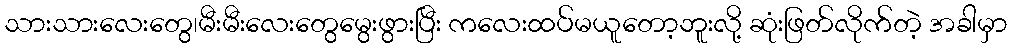
သားသားလေးတွေ၊မီးမီးလေးတွေမွေးဖွားပြီး ကလေးထပ်မယူတော့ဘူးလို့ ဆုံးဖြတ်လိုက်တဲ့ အခါမှာ